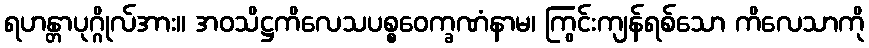
ရဟန္တာပုဂ္ဂိုလ်အား။ အဝသိဋ္ဌကိလေသပစ္စဝေက္ခဏံနာမ၊ ကြွင်းကျန်ရစ်သော ကိလေသာကို